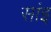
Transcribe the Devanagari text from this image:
सांइ